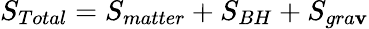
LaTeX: S_{Total}=S_{matter}+S_{BH}+S_{gra\mathbf{v}}